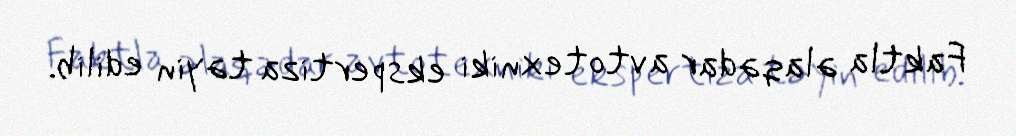
Faktla əlaqədar avtotexniki ekspertiza təyin edilib.